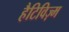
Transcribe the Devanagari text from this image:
हैटिविज़्म